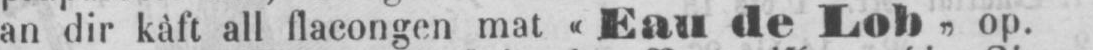
an dir kàft all flacongen mat «Eau de Lob„ op.